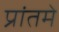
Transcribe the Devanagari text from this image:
प्रांतमे